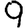
Digit: 9